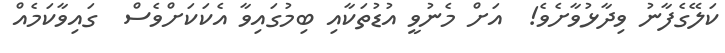
ކަލޭގެފާނު ވިދާޅުވާށެވެ!  އަށް މެނުވީ އުޑުތަކާއި ބިމުގައިވާ އެކަކަށްވެސް  ގައިވާކަމެއް